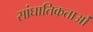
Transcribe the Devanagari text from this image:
सांघातिकताओं